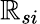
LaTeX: \mathbb{R}_{si}